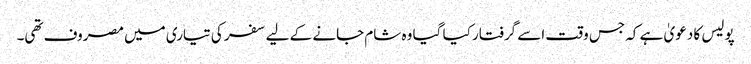
پولیس کا دعویٰ ہے کہ جس وقت اسے گرفتار کیا گیا وہ شام جانے کے لیے سفر کی تیاری میں مصروف تھی۔